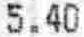
5.40